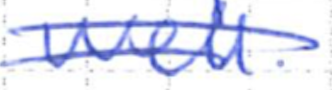
Text: well.
Cross-out: double-line
Writing tool: ballpoint